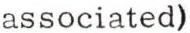
associated)